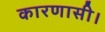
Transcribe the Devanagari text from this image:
कारणासी।